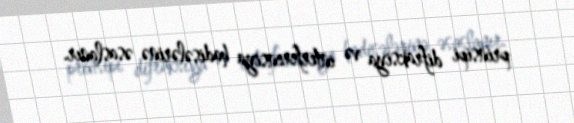
prinsipi difraksiya və interferensiya hadisələrinə əsaslanır.